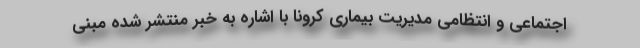
اجتماعی و انتظامی مدیریت بیماری کرونا با اشاره به خبر منتشر شده مبنی